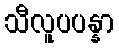
သီလူပပန္နာ